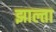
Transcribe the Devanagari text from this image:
झाल्ता